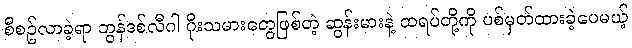
စီစဥ်လာခဲ့ရာ ဘွန်ဒစ်လီဂါ ဂိုးသမားတွေဖြစ်တဲ့ ဆွန်းမားနဲ့ ထရပ်တို့ကို ပစ်မှတ်ထားခဲ့ပေမယ့်